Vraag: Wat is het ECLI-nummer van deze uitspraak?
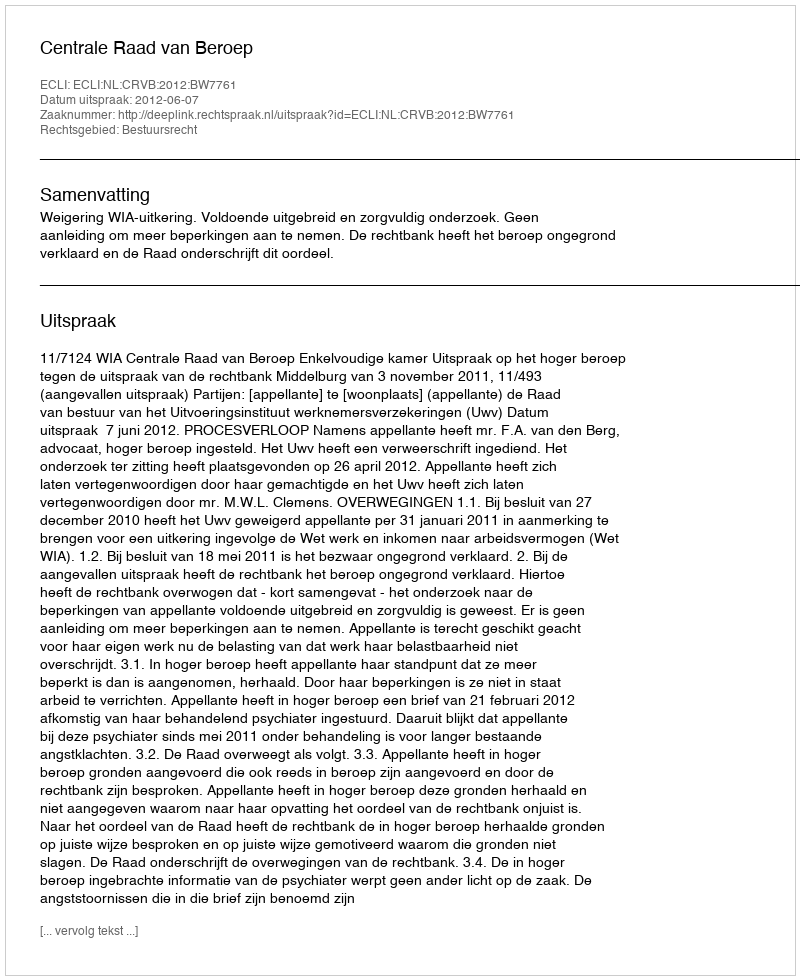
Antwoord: ECLI:NL:CRVB:2012:BW7761